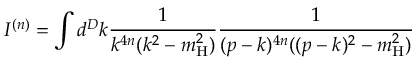
I ^ { ( n ) } = \int d ^ { D } k \frac { 1 } { k ^ { 4 n } ( k ^ { 2 } - m _ { \mathrm { H } } ^ { 2 } ) } \frac { 1 } { ( p - k ) ^ { 4 n } ( ( p - k ) ^ { 2 } - m _ { \mathrm { H } } ^ { 2 } ) }